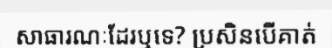
សាធារណៈដែរឬទេ? ប្រសិនបើគាត់